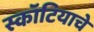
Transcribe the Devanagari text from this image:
स्कॉटियाचे